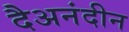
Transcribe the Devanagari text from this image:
दैअनंदीन